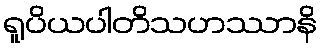
ရူပိယပါတိသဟဿာနိ